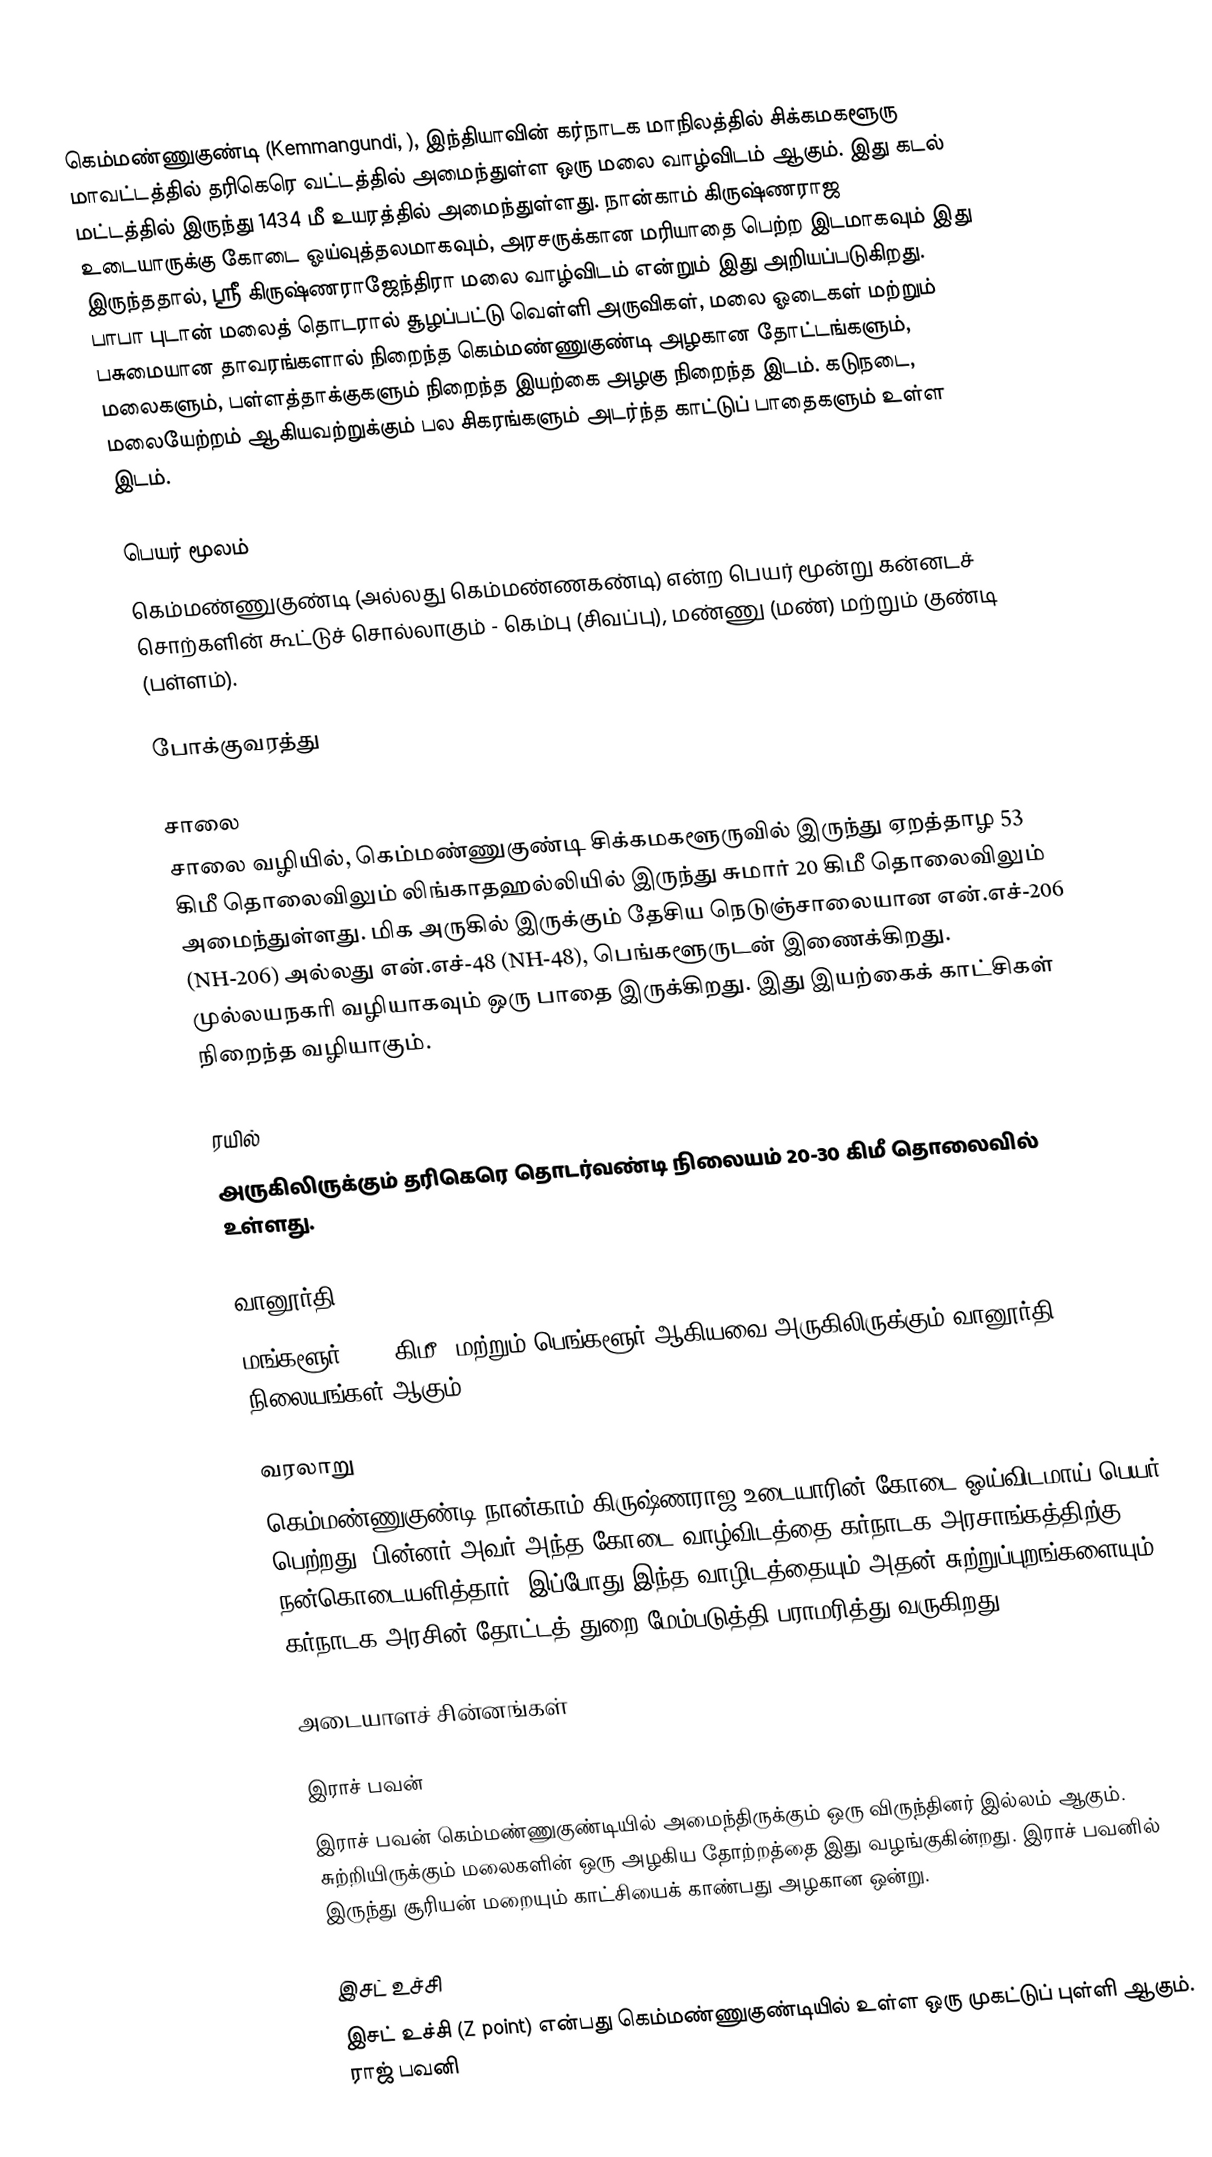
கெம்மண்ணுகுண்டி (Kemmangundi, ), இந்தியாவின் கர்நாடக மாநிலத்தில் சிக்கமகளூரு மாவட்டத்தில் தரிகெரெ வட்டத்தில் அமைந்துள்ள ஒரு மலை வாழ்விடம் ஆகும். இது கடல் மட்டத்தில் இருந்து 1434 மீ உயரத்தில் அமைந்துள்ளது. நான்காம் கிருஷ்ணராஜ உடையாருக்கு கோடை ஓய்வுத்தலமாகவும், அரசருக்கான மரியாதை பெற்ற இடமாகவும் இது இருந்ததால், ஸ்ரீ கிருஷ்ணராஜேந்திரா மலை வாழ்விடம் என்றும் இது அறியப்படுகிறது. பாபா புடான் மலைத் தொடரால் சூழப்பட்டு வெள்ளி அருவிகள், மலை ஓடைகள் மற்றும் பசுமையான தாவரங்களால் நிறைந்த கெம்மண்ணுகுண்டி அழகான தோட்டங்களும், மலைகளும், பள்ளத்தாக்குகளும் நிறைந்த இயற்கை அழகு நிறைந்த இடம். கடுநடை, மலையேற்றம் ஆகியவற்றுக்கும் பல சிகரங்களும் அடர்ந்த காட்டுப் பாதைகளும் உள்ள இடம்.

பெயர் மூலம்
கெம்மண்ணுகுண்டி (அல்லது கெம்மண்ணகண்டி) என்ற பெயர் மூன்று கன்னடச் சொற்களின் கூட்டுச் சொல்லாகும் - கெம்பு (சிவப்பு), மண்ணு (மண்) மற்றும் குண்டி (பள்ளம்).

போக்குவரத்து

சாலை
சாலை வழியில், கெம்மண்ணுகுண்டி சிக்கமகளூருவில் இருந்து ஏறத்தாழ 53 கிமீ தொலைவிலும் லிங்காதஹல்லியில் இருந்து சுமார் 20 கிமீ தொலைவிலும் அமைந்துள்ளது. மிக அருகில் இருக்கும் தேசிய நெடுஞ்சாலையான என்.எச்-206 (NH-206) அல்லது என்.எச்-48 (NH-48), பெங்களூருடன் இணைக்கிறது. முல்லயநகரி வழியாகவும் ஒரு பாதை இருக்கிறது. இது இயற்கைக் காட்சிகள் நிறைந்த வழியாகும்.

ரயில்
அருகிலிருக்கும் தரிகெரெ தொடர்வண்டி நிலையம் 20-30 கிமீ தொலைவில் உள்ளது.

வானூர்தி
மங்களூர் (150 கிமீ) மற்றும் பெங்களூர் ஆகியவை அருகிலிருக்கும் வானூர்தி நிலையங்கள் ஆகும்.

வரலாறு
கெம்மண்ணுகுண்டி நான்காம் கிருஷ்ணராஜ உடையாரின் கோடை ஓய்விடமாய் பெயர் பெற்றது. பின்னர் அவர் அந்த கோடை வாழ்விடத்தை கர்நாடக அரசாங்கத்திற்கு நன்கொடையளித்தார். இப்போது இந்த வாழிடத்தையும் அதன் சுற்றுப்புறங்களையும் கர்நாடக அரசின் தோட்டத் துறை மேம்படுத்தி பராமரித்து வருகிறது.

அடையாளச் சின்னங்கள்

இராச் பவன்
இராச் பவன் கெம்மண்ணுகுண்டியில் அமைந்திருக்கும் ஒரு விருந்தினர் இல்லம் ஆகும். சுற்றியிருக்கும் மலைகளின் ஒரு அழகிய தோற்றத்தை இது வழங்குகின்றது. இராச் பவனில் இருந்து சூரியன் மறையும் காட்சியைக் காண்பது அழகான ஒன்று.

இசட் உச்சி
இசட் உச்சி (Z point) என்பது கெம்மண்ணுகுண்டியில் உள்ள ஒரு முகட்டுப் புள்ளி ஆகும். ராஜ் பவனி